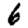
Digit: 6